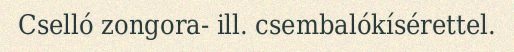
Cselló zongora- ill. csembalókísérettel.